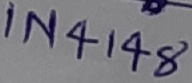
Text: IN4148